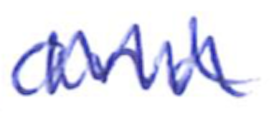
Text: and
Cross-out: zig-zag
Writing tool: ballpoint